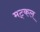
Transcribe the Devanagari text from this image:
मट्कल